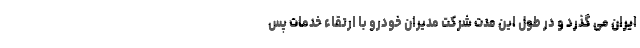
ایران می گذرد و در طول این مدت شرکت مدیران خودرو با ارتقاء خدمات پس